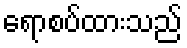
ရောစပ်ထားသည်